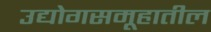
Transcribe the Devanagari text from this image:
उद्योगसमूहातील